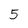
Character: 5